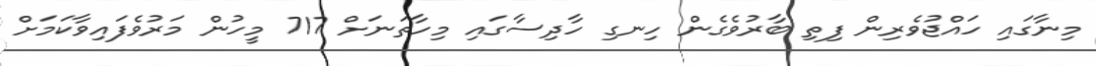
މިނާގައި ހައްޖުވެރިން ފިތި ބާރުވެގެން ހިނގި ހާދިސާގައި މިހާތަނަށް 717 މީހުން މަރުވެފައިވާކަމަށް